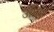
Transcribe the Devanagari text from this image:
उंचिए